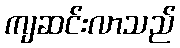
ကျဆင်းလာသည်